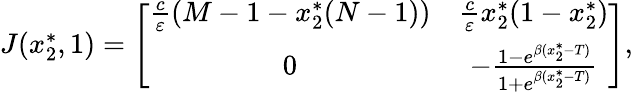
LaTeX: \begin{array}{r}{J(x_{2}^{*},1)=\left[{\begin{array}{cc}{\frac{c}{\varepsilon}(M-1-x_{2}^{*}(N-1))}&{\frac{c}{\varepsilon}x_{2}^{*}(1-x_{2}^{*})}\\ {0}&{-\frac{1-e^{\beta(x_{2}^{*}-T)}}{1+e^{\beta(x_{2}^{*}-T)}}}\end{array}}\right],}\end{array}